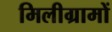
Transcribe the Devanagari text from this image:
मिलीग्रामों